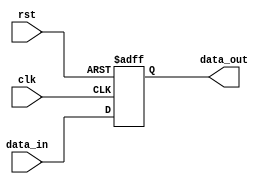
module falling_edge_triggered(
    input wire clk,        // Clock input
    input wire rst,        // Reset input
    input wire [7:0] data_in, // Input data
    output reg [7:0] data_out // Output data
);

// Initialize the output at the start
initial begin
    data_out = 8'b0; // Initializing data_out to 0
end

// Always block triggered on the negative edge of clk
always @(negedge clk or posedge rst) begin
    if (rst) begin
        // Asynchronous reset: set data_out to initial state
        data_out <= 8'b0;
    end else begin
        // Update data_out based on input data at the falling edge of clk
        data_out <= data_in; // Simple data storage logic
    end
end

endmodule